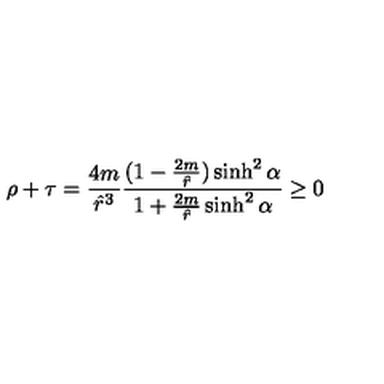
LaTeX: \rho + \tau = \frac { 4 m } { { \hat { r } } ^ { 3 } } \frac { ( 1 - \frac { 2 m } { \hat { r } } ) \sinh ^ { 2 } \alpha } { 1 + \frac { 2 m } { \hat { r } } \sinh ^ { 2 } \alpha } \ge 0